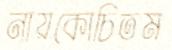
নায়কোচিতম